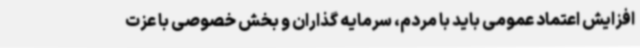
افزایش اعتماد عمومی باید با مردم، سرمایه گذاران و بخش خصوصی با عزت